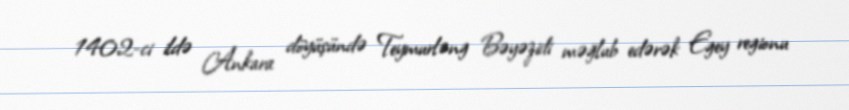
1402-ci ildə Ankara döyüşündə Teymurləng Bəyəzidi məğlub edərək Egey regionu